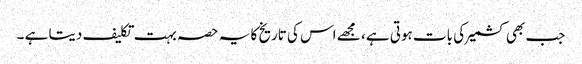
جب بھی کشمیر کی بات ہوتی ہے ، مجھے اس کی تاریخ کا یہ حصہ بہت تکلیف دیتا ہے ۔